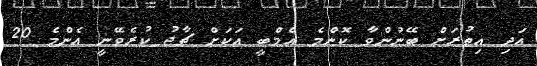
އަދި އިތުރަށް ބޭނުންވާ ކޮންމެ އެމްބީ އަކަށް ޗާޖު ކުރެވޭނީ އެންމެ 20